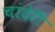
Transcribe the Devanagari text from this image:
चांदेरी